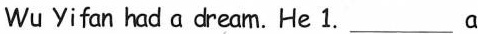
Wu Yi fan had a dream. He 1.___a